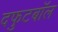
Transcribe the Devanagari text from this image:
दफुटबॉल